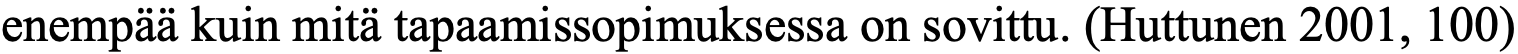
enempää kuin mitä tapaamissopimuksessa on sovittu. (Huttunen 2001, 100)